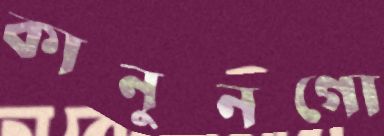
কানুনগো